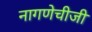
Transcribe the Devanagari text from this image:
नागणेचीजी